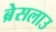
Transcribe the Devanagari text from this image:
ब्रेसलाउ